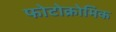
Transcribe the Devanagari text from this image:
फोटोक्रोमिक